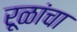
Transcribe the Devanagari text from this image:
रूळांचा